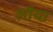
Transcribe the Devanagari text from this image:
लौया